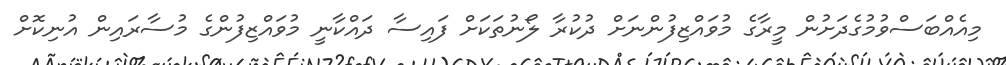
މިއެއްބަސްވުމުގެދަށުން މީރާގެ މުވައްޒިފުންނަށް ދުކުރާ ލޯނުތަކަށް ފައިސާ ދައްކާނީ މުވައްޒިފުންގެ މުސާރައިން އުނިކޮށް